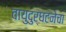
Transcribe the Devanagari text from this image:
वायुदुर्घटनेचा